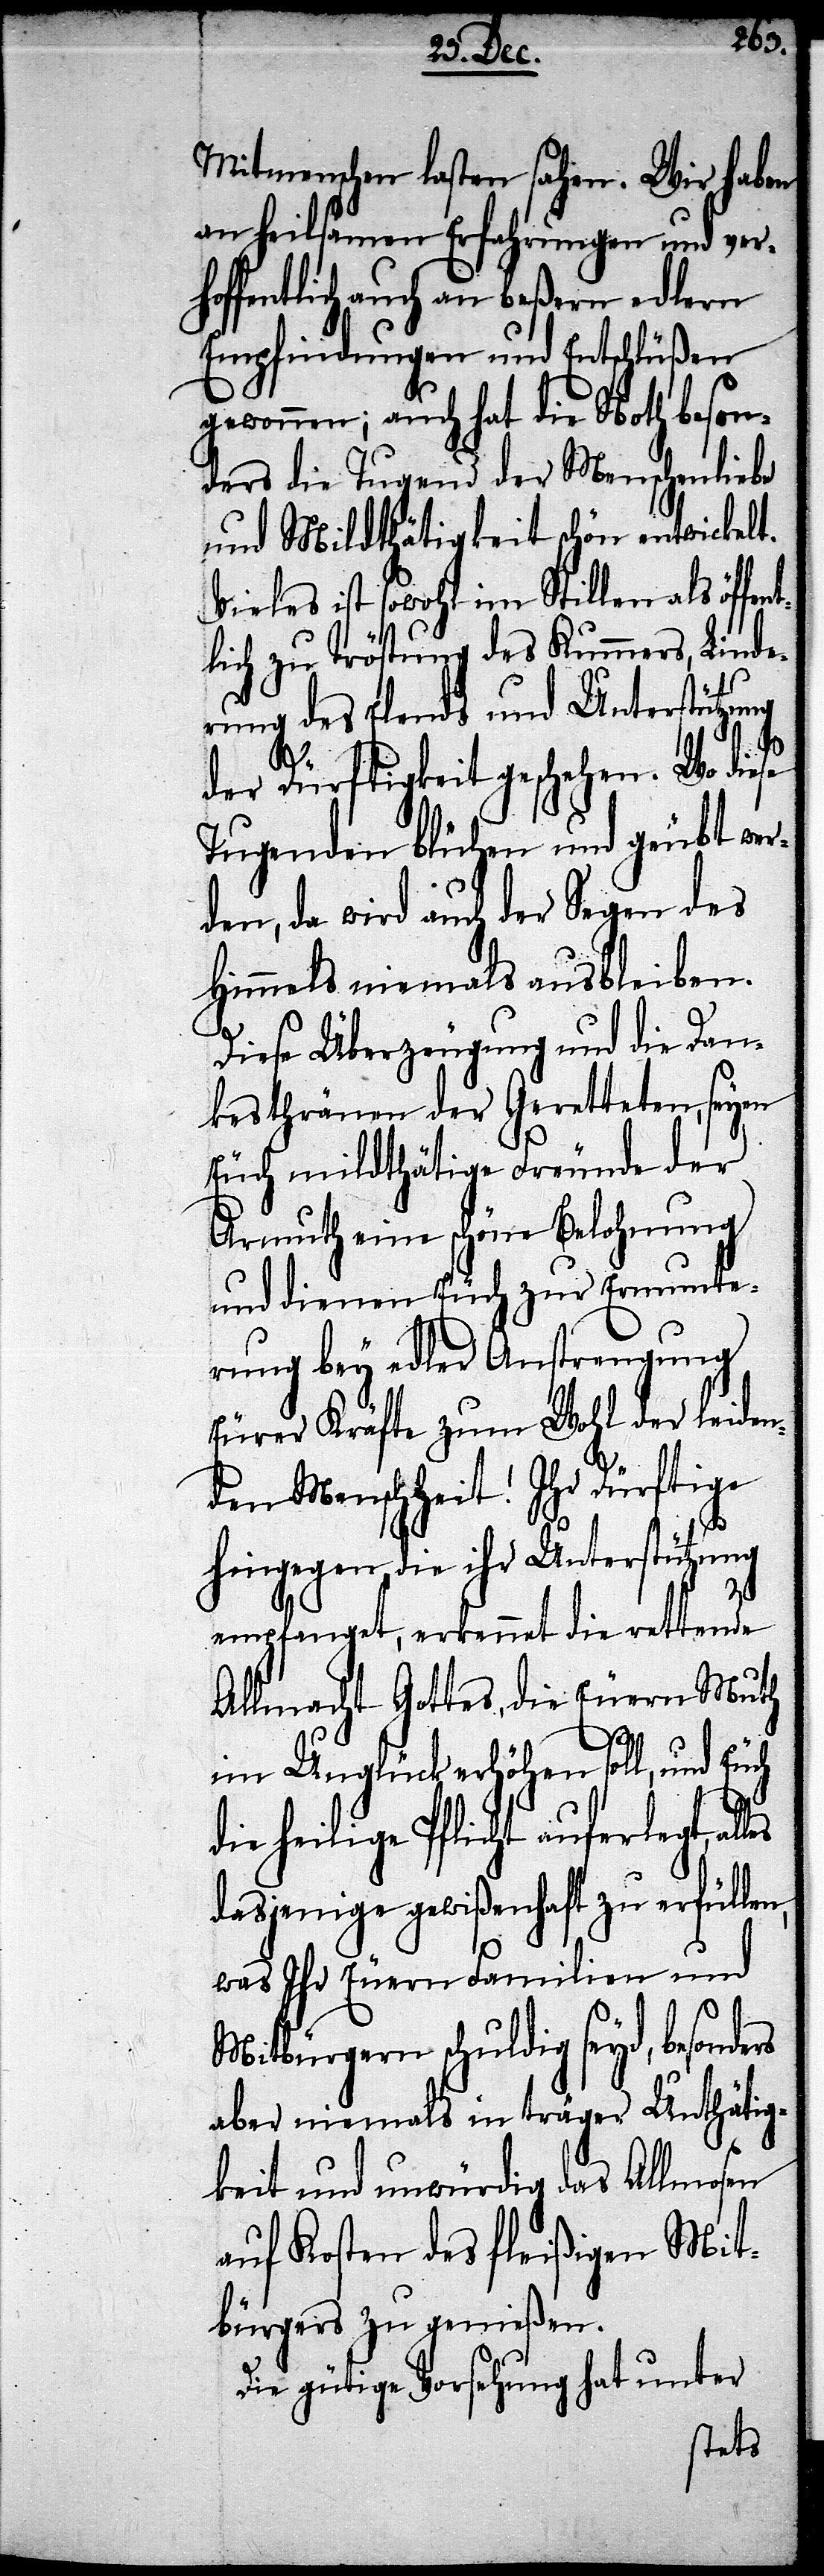
Mitmenschen lasten sahen. Wir haben
an heilsamen Erfahrungen und verh¬
offentlich auch an beßern edlern
Empfindungen und Entschlüßen
gewonnen; auch hat die Noth beson¬
ders die Tugend der Menschenliebe
und Mildthätigkeit schön entwickelt.
Vieles ist sowohl im Stillen als öffe¬
lich zu Tröstung des Kummers, Linde¬
rung des Elends und Unterstützung
n,
der Dürftigkeit geschehen. Wo diese
Tugenden blühen und geübt wer¬
den, da wird auch der Segen des
Himmels niemals ausbleiben.
Diese Überzeugung und die Dan¬
kestränen der Geretteten, seyen
Euch mildthätige Freunde der
Armuth eine schöne Belohnung
und dienen euch zur Ermunte¬
rung bey aller Anstrengung
Eurer Kräfte zum Wohl der leide¬
nden Menschheit! Ihr Dürftige
hingegen, die ihr Unterstützung
nt¬
empfanget, erkennet die rettende
Allmacht Gottes, die Euern Muth
im Unglück erhöhen soll, und Euch
die heilige Pflicht auferlegt, al¬
dasjenige gewißenhaft zu erfülle¬
was Ihr Euern Familien und
Mitbürgern schuldig seyd, besonders
aber niemals in träger Unthätig¬
keit und unwürdig das Allmosen
auf Kosten des fleißigen Mit¬
bürgers zu genießen.
Die gütige Vorsehung hat unter